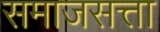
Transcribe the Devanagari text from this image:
समाजसत्ता